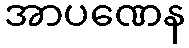
အာပဏေန